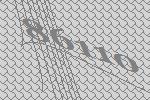
86110